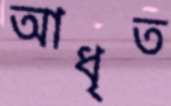
আধৃত